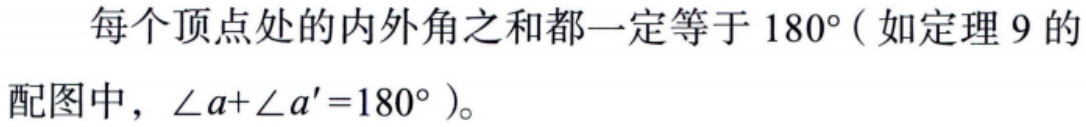
每个顶点处的内外角之和都一定等于 \(180^{\circ}\)（如定理 9 的配图中，\(\angle a + \angle a' = 180^{\circ}\)）。